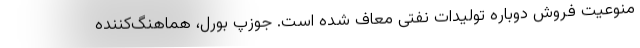
منوعیت فروش دوباره تولیدات نفتی معاف شده است. جوزپ بورل، هماهنگ‌کننده